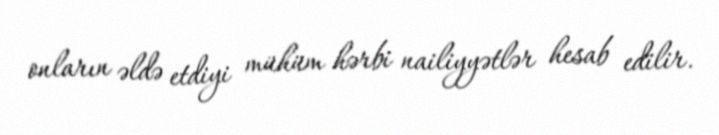
onların əldə etdiyi mühüm hərbi nailiyyətlər hesab edilir.